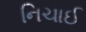
નિચાઈ